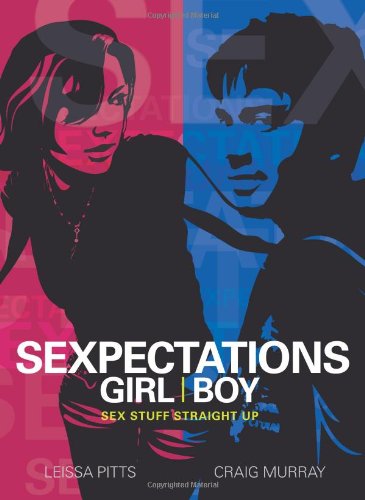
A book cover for Sexpectations: Sex Stuff Straight Up; Craig Murray; Teen & Young Adult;